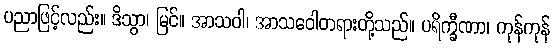
ပညာဖြင့်လည်း။ ဒိသွာ၊ မြင်။ အာသဝါ၊ အာသဝေါတရားတို့သည်။ ပရိက္ခီဏာ၊ ကုန်ကုန်